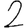
Digit: 2